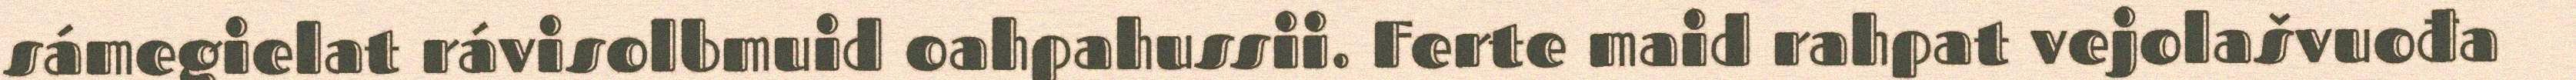
sámegielat rávisolbmuid oahpahussii. Ferte maid rahpat vejolašvuođa